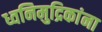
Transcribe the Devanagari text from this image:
ध्वनिमुद्रिकांना